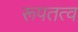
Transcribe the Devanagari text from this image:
रूपतत्व